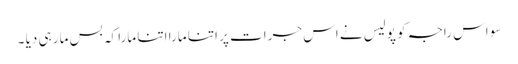
سو اس راجہ کو پولیس نے اس جرات پر اتنا مارا اتنا مارا کہ بس مار ہی دیا ۔